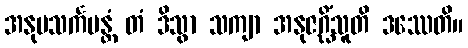
အနုပသင်္ကမန္တံ တံ ဒိသွာ သကျာ အနုဇဂ္ဃိံသူတိ ဒဿေတိ။